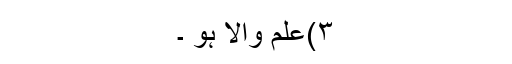
٣)علم والا ہو ۔